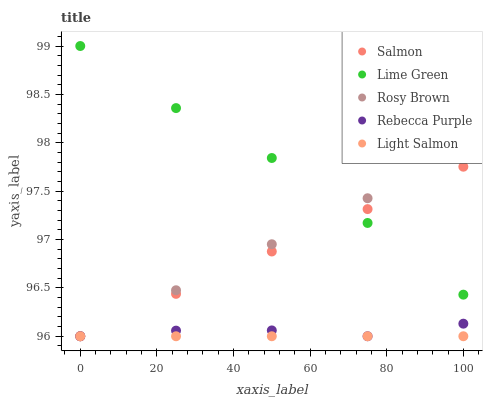
| xaxis_label | Salmon | Lime Green | Rosy Brown | Rebecca Purple | Light Salmon |
 | --- | --- | --- | --- | --- | --- |
 | 0 | 96 | 99 | 96 | 96 | 96 |
 | 25 | 96.4 | 98.4 | 96.5 | 96.1 | 96 |
 | 50 | 96.9 | 97.8 | 97 | 96.1 | 96 |
 | 75 | 97.3 | 97.2 | 97.4 | 96 | 96 |
 | 100 | 97.8 | 96.4 | 97.9 | 96.1 | 96 |